Annual administration report of the Civil Veterinary Department of India - 1894-1895
Year: 1894
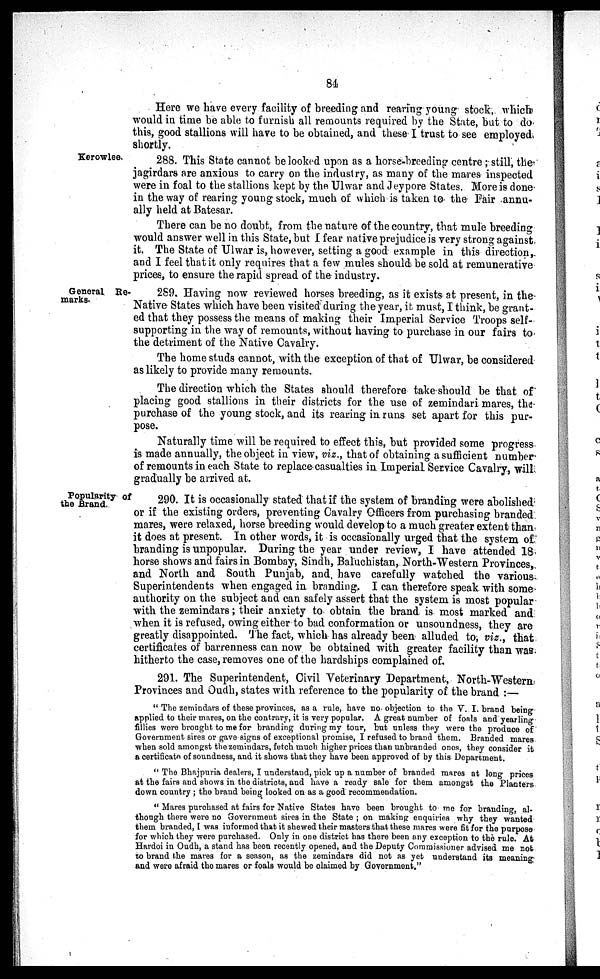
84
Here we have every facility of breeding and rearing young stock, which
would in time be able to furnish all remounts required by the State, but to do
this, good stallions will have to be obtained, and these I trust to see employed
shortly.
Kerowlee.
288. This State cannot be looked upon as a horse-breeding centre ; still, the
jagirdars are anxious to carry on the industry, as many of the mares inspected
were in foal to the stallions kept by the Ulwar and Jeypore States. More is done
in the way of rearing young stock, much of which is taken to the Fair annu-
ally held at Batesar.
There can be no doubt, from the nature of the country, that mule breeding
would answer well in this State, but I fear native prejudice is very strong against
it. The State of Ulwar is, however, setting a good example in this direction,
and I feel that it only requires that a few mules should be sold at remunerative
prices, to ensure the rapid spread of the industry.
General Re-
marks-
289. Having now reviewed horses breeding, as it exists at present, in the
Native States which have been visited during the year, it must, I think, be grant-
ed that they possess the means of making their Imperial Service Troops self-
supporting in the way of remounts, without having to purchase in our fairs to
the detriment of the Native Cavalry.
The home studs cannot, with the exception of that of Ulwar, be considered
as likely to provide many remounts.
The direction which the States should therefore take should be that of
placing good stallions in their districts for the use of zemindari mares, the
purchase of the young stock, and its rearing in runs set apart for this pur-
pose.
Naturally time will be required to effect this, but provided some progress
is made annually, the object in view, viz., that of obtaining a sufficient number
of remounts in each State to replace casualties in Imperial Service Cavalry, will
gradually be arrived at.
Popularity of
the Brand.
290. It is occasionally stated that if the system of branding were abolished
or if the existing orders, preventing Cavalry Officers from purchasing branded
mares, were relaxed, horse breeding would develop to a much greater extent than
it does at present. In other words, it is occasionally urged that the system of
branding is unpopular. During the year under review, I have attended 18
horse shows and fairs in Bombay, Sindh, Baluchistan, North-Western Provinces,
and North and South Punjab, and have carefully watched the various
Superintendents when engaged in branding. I can therefore speak with some
authority on the subject and can safely assert that the system is most popular
with the zemindars; their anxiety to obtain the brand is most marked and
when it is refused, owing either to bad conformation or unsoundness, they are
greatly disappointed. The fact, which has already been alluded to, viz., that
certificates of barrenness can now be obtained with greater facility than was
hitherto the case, removes one of the hardships complained of.
291. The Superintendent, Civil Veterinary Department, North-Western
Provinces and Oudh, states with reference to the popularity of the brand :—
" The zemindars of these provinces, as a rule, have no objection to the V. I. brand being
applied to their mares, on the contrary, it is very popular. A great number of foals and yearling
fillies were brought to me for branding during my tour, but unless they were the produce of
Government sires or gave signs of exceptional promise, I refused to brand them. Branded mares
when sold amongst the zemindars, fetch much higher prices than unbranded ones, they consider it
a certificate of soundness, and it shows that they have been approved of by this Department.
" The Bhajpuria dealers, I understand, pick up a number of branded mares at long prices
at the fairs and shows in the districts, and have a ready sale for them amongst the Planters
down country ; the brand being looked on as a good recommendation.
" Mares purchased at fairs for Native States have been brought to me for branding, al-
though there were no Government sires in the State ; on making enquiries why they wanted
them branded, I was informed that it shewed their masters that these mares were fit for the purpose
for which they were purchased. Only in one district has there been any exception to the rule. At
Hardoi in Oudh, a stand has been recently opened, and the Deputy Commissioner advised me not
to brand the mares for a season, as the zemindars did not as yet understand its meaning
and were afraid the mares or foals would be claimed by Government."